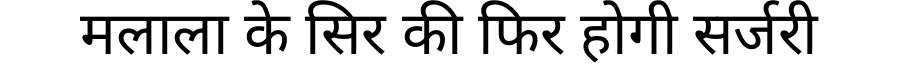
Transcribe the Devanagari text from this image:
मलाला के सिर की फिर होगी सर्जरी